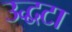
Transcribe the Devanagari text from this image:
उद्धटा